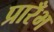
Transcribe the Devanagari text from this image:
प्रारँभ